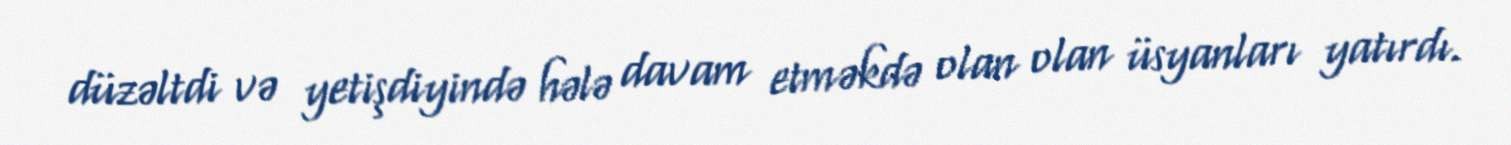
düzəltdi və yetişdiyində hələ davam etməkdə olan olan üsyanları yatırdı.